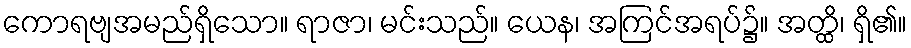
ကောရဗျအမည်ရှိသော။ ရာဇာ၊ မင်းသည်။ ယေန၊ အကြင်အရပ်၌။ အတ္ထိ၊ ရှိ၏။